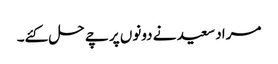
مراد سعید نے دونوں پرچے حل کئے۔